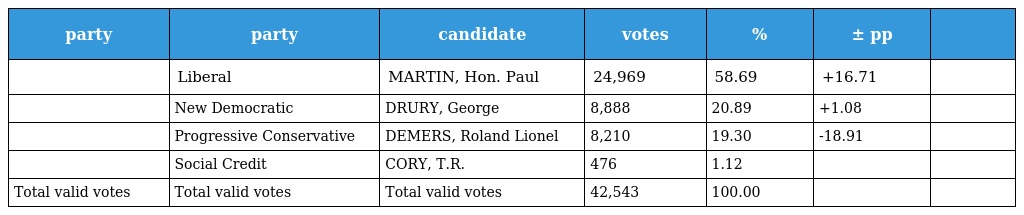
| party | party | candidate | votes | % | ± pp |  |
 | --- | --- | --- | --- | --- | --- | --- |
 |  | Liberal | MARTIN, Hon. Paul | 24,969 | 58.69 | +16.71 |  |
 |  | New Democratic | DRURY, George | 8,888 | 20.89 | +1.08 |  |
 |  | Progressive Conservative | DEMERS, Roland Lionel | 8,210 | 19.30 | -18.91 |  |
 |  | Social Credit | CORY, T.R. | 476 | 1.12 |  |  |
 | Total valid votes | Total valid votes | Total valid votes | 42,543 | 100.00 |  |  |